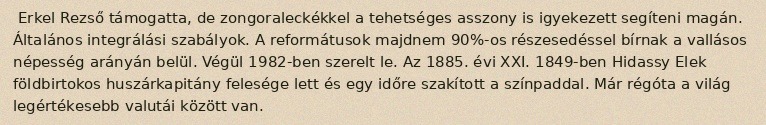
Erkel Rezső támogatta, de zongoraleckékkel a tehetséges asszony is igyekezett segíteni magán. Általános integrálási szabályok. A reformátusok majdnem 90%-os részesedéssel bírnak a vallásos népesség arányán belül. Végül 1982-ben szerelt le. Az 1885. évi XXI. 1849-ben Hidassy Elek földbirtokos huszárkapitány felesége lett és egy időre szakított a színpaddal. Már régóta a világ legértékesebb valutái között van.